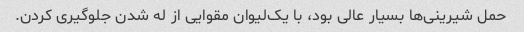
حمل شیرینی‌ها بسیار عالی بود، با یک‌لیوان مقوایی از له شدن جلوگیری کردن.